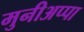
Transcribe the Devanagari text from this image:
मुनीअप्पा